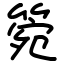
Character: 箢